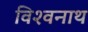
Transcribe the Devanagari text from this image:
विश्‍वनाथ्‍ा